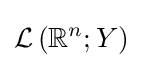
{\mathcal {L}}\left(\mathbb {R} ^{n};Y\right)